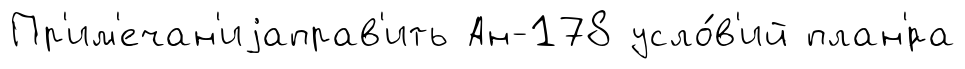
Пр'им'ечан'иjаправ'ить Ан-178 усло́в'ий план'́ра